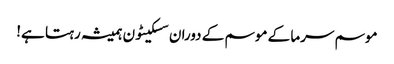
موسم سرما کے موسم کے دوران سسکیٹون ہمیشہ رہتا ہے!